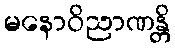
မနောဝိညာဏန္တိ